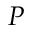
P